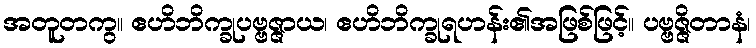
အတူတကွ။ ဧဟိဘိက္ခုပဗ္ဗဇ္ဇာယ၊ ဧဟိဘိက္ခုရဟန်း၏အဖြစ်ဖြင့်။ ပဗ္ဗဇ္ဇိတာနံ၊